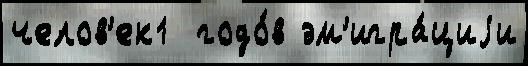
челов'ек1  годо́в эм'игра́циjи